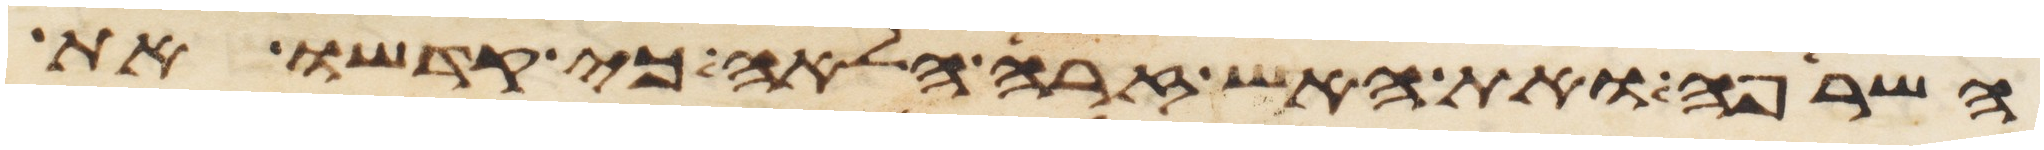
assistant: השרפה ואת האש זרה הלאה כי קדשו את